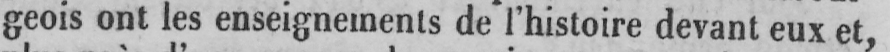
geois ont les enseignements de l’histoire devant eux et,